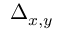
\Delta _ { x , y }